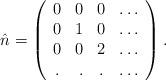
LaTeX: \begin{align*}\hat{n}=\left(\begin{array}{crcl}0 & 0 & 0 & \ldots \\0 & 1 & 0 & \ldots \\0 & 0 & 2 & \ldots \\. & . & . & \ldots \\\end{array}\right).\end{align*}